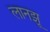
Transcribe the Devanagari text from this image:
लानझू